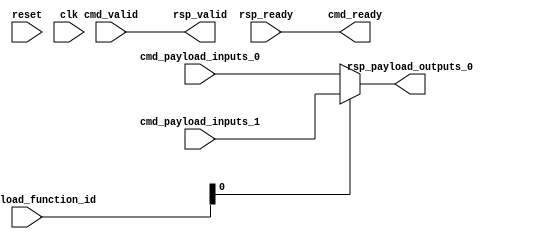
module Cfu (
  input               cmd_valid,
  output              cmd_ready,
  input      [9:0]    cmd_payload_function_id,
  input      [31:0]   cmd_payload_inputs_0,
  input      [31:0]   cmd_payload_inputs_1,
  output              rsp_valid,
  input               rsp_ready,
  output     [31:0]   rsp_payload_outputs_0,
  input               reset,
  input               clk
);

  // Trivial handshaking for a combinational CFU
  assign rsp_valid = cmd_valid;
  assign cmd_ready = rsp_ready;

  //
  // select output -- note that we're not fully decoding the 3 function_id bits
  //
  assign rsp_payload_outputs_0 = cmd_payload_function_id[0] ? 
                                           cmd_payload_inputs_1 :
                                           cmd_payload_inputs_0 ;


endmodule